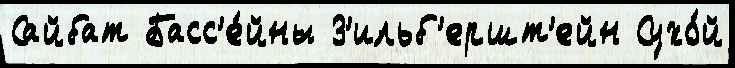
Сайбат Басс'е́йны З'ильб'ершт'ейн Сухо́й